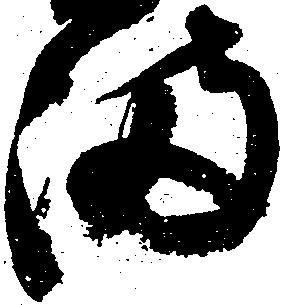
満